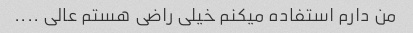
من دارم استفاده میکنم خیلی راضی هستم عالی ....